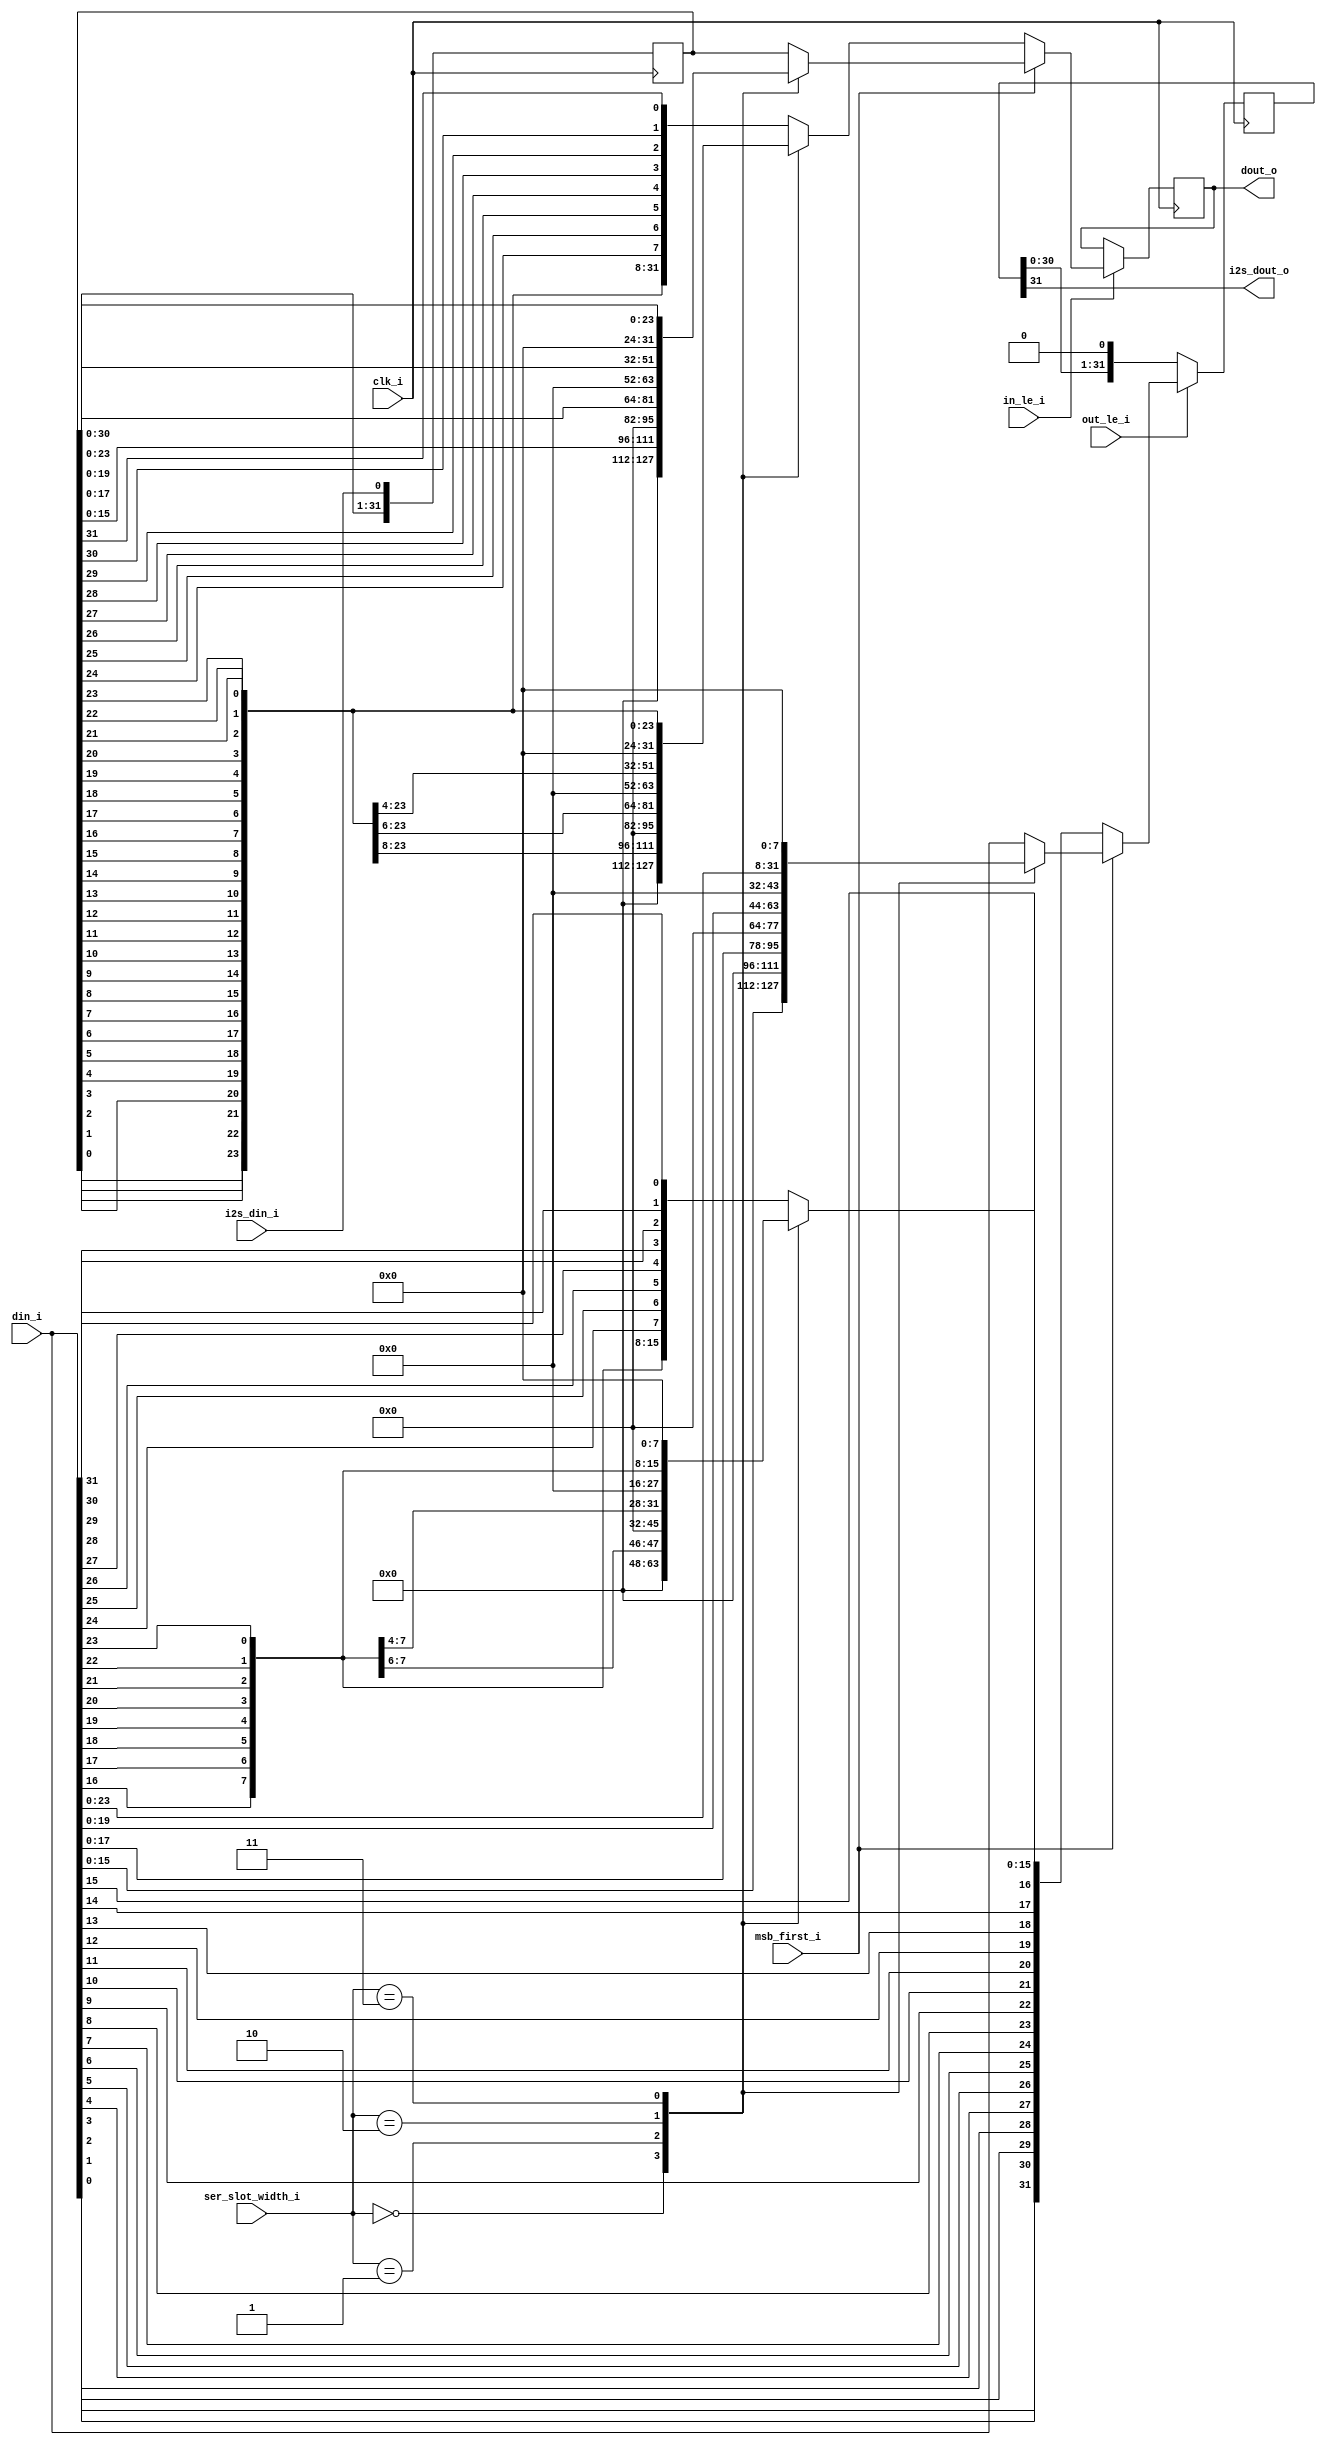
module mpac_ser_io (
	// ===============================================================================
	// General Signals

input	wire		clk_i,		// bit Clock

	// ===============================================================================
	// Register File Interface

input	wire	[2:0]	ser_slot_width_i, // Serial Slot Width
					// 0 - 16 bit
					// 1 - 18 bit
					// 2 - 20 bit
					// 3 - 24 bit
					// 4 - 32 bit
					// 5-7 RESERVED
input	wire		msb_first_i,	// Shift out MSB first

	// ===============================================================================
	// Internal Interface

input	wire	[31:0]	din_i,		// Input data, right (lsb) aligned
output	reg	[31:0]	dout_o,		// Output data , right (lsb) aligned

input	wire		out_le_i,	// Output Latch Enable
input	wire		in_le_i,	// Input Latch Enable

	// ===============================================================================
	// I2S Signals.

output	wire		i2s_dout_o,		// I2S serial data output
input	wire		i2s_din_i		// I2S serial data input
);

// ---------------------------------------------------------------------------------------
// Local Parameters

// ---------------------------------------------------------------------------------------
// Wires and Registers

reg	[31:0]	dout_r;
reg	[31:0]	din_r;

// ---------------------------------------------------------------------------------------
// Shift Logic

// Serial Output
assign	i2s_dout_o = dout_r[31];

always @(posedge clk_i)
	if(out_le_i)
	   begin
		if(msb_first_i)
		   begin
			case(ser_slot_width_i)	// Align output data to be left (msb) aligned
			   3'h0:	dout_r <= #1 {din_i[15:0], 16'h0};
			   3'h1:	dout_r <= #1 {din_i[17:0], 14'h0};
			   3'h2:	dout_r <= #1 {din_i[19:0], 12'h0};
			   3'h3:	dout_r <= #1 {din_i[23:0], 8'h0};
			   default:	dout_r <= #1 din_i;
			endcase
		   end
		else
		   begin
			// Reverse Input data
			case(ser_slot_width_i)	// Align output data to be left (msb) aligned
			   3'h0:	dout_r <= #1 {	din_i[0], din_i[1], din_i[2], din_i[3], din_i[4], din_i[5],
							din_i[6], din_i[7], din_i[8], din_i[9], din_i[10], din_i[11],
							din_i[12], din_i[13], din_i[14], din_i[15], 16'h0};
	
			   3'h1:	dout_r <= #1 {	din_i[0], din_i[1], din_i[2], din_i[3], din_i[4], din_i[5],
							din_i[6], din_i[7], din_i[8], din_i[9], din_i[10], din_i[11],
							din_i[12], din_i[13], din_i[14], din_i[15], din_i[16], din_i[17],
							14'h0};
	
			   3'h2:	dout_r <= #1 {	din_i[0], din_i[1], din_i[2], din_i[3], din_i[4], din_i[5],
							din_i[6], din_i[7], din_i[8], din_i[9], din_i[10], din_i[11],
							din_i[12], din_i[13], din_i[14], din_i[15], din_i[16], din_i[17],
							din_i[18], din_i[19], 12'h0};
	
			   3'h3:	dout_r <= #1 {	din_i[0], din_i[1], din_i[2], din_i[3], din_i[4], din_i[5],
							din_i[6], din_i[7], din_i[8], din_i[9], din_i[10], din_i[11],
							din_i[12], din_i[13], din_i[14], din_i[15], din_i[16], din_i[17],
							din_i[18], din_i[19], din_i[20], din_i[21], din_i[22], din_i[23],
							8'h0};
	
			   default:	dout_r <= #1 {	din_i[0], din_i[1], din_i[2], din_i[3], din_i[4], din_i[5],
							din_i[6], din_i[7], din_i[8], din_i[9], din_i[10], din_i[11],
							din_i[12], din_i[13], din_i[14], din_i[15], din_i[16], din_i[17],
							din_i[18], din_i[19], din_i[20], din_i[21], din_i[22], din_i[23], 
							din_i[24], din_i[25], din_i[26], din_i[27], din_i[28], din_i[29], 
							din_i[30], din_i[31]};
			endcase
		   end
	   end
	else		dout_r <= #1 {dout_r[30:0], 1'b0};


// Serial Input
always @(posedge clk_i)
	din_r <= #1 {din_r[30:0], i2s_din_i };

always @(posedge clk_i)	// Input data is already right (lsb) aligned
	if(in_le_i)
	   begin
		if(msb_first_i)
		   begin
			case(ser_slot_width_i)	// Align output data to be left (msb) aligned
			   3'h0:	dout_o <= #1 {16'h0, din_r[15:0]};
			   3'h1:	dout_o <= #1 {14'h0, din_r[17:0]};
			   3'h2:	dout_o <= #1 {12'h0, din_r[19:0]};
			   3'h3:	dout_o <= #1 {8'h0, din_r[23:0]};
			   default:	dout_o <= #1 din_r;
			endcase
		   end
		else
		   begin
			// Reverse Input data
			case(ser_slot_width_i)	// Align output data to be left (msb) aligned
			   3'h0:	dout_o <= #1 {	16'h0, din_r[0], din_r[1], din_r[2], din_r[3], din_r[4], din_r[5],
							din_r[6], din_r[7], din_r[8], din_r[9], din_r[10], din_r[11],
							din_r[12], din_r[13], din_r[14], din_r[15]};
	
			   3'h1:	dout_o <= #1 {	14'h0, din_r[0], din_r[1], din_r[2], din_r[3], din_r[4], din_r[5],
							din_r[6], din_r[7], din_r[8], din_r[9], din_r[10], din_r[11],
							din_r[12], din_r[13], din_r[14], din_r[15], din_r[16], din_r[17]};
	
			   3'h2:	dout_o <= #1 {	12'h0, din_r[0], din_r[1], din_r[2], din_r[3], din_r[4], din_r[5],
							din_r[6], din_r[7], din_r[8], din_r[9], din_r[10], din_r[11],
							din_r[12], din_r[13], din_r[14], din_r[15], din_r[16], din_r[17],
							din_r[18], din_r[19]};
	
			   3'h3:	dout_o <= #1 {	8'h0, din_r[0], din_r[1], din_r[2], din_r[3], din_r[4], din_r[5],
							din_r[6], din_r[7], din_r[8], din_r[9], din_r[10], din_r[11],
							din_r[12], din_r[13], din_r[14], din_r[15], din_r[16], din_r[17],
							din_r[18], din_r[19], din_r[20], din_r[21], din_r[22], din_r[23]};
	
			   default:	dout_o <= #1 {	din_r[0], din_r[1], din_r[2], din_r[3], din_r[4], din_r[5],
							din_r[6], din_r[7], din_r[8], din_r[9], din_r[10], din_r[11],
							din_r[12], din_r[13], din_r[14], din_r[15], din_r[16], din_r[17],
							din_r[18], din_r[19], din_r[20], din_r[21], din_r[22], din_r[23], 
							din_r[24], din_r[25], din_r[26], din_r[27], din_r[28], din_r[29], 
							din_r[30], din_r[31]};
			endcase
		   end
	   end

endmodule